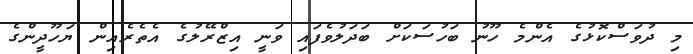
މި ދުވަސްކޮޅުގެ އެންމެ ހޫނު ބަހުސަކަށް ބަދަލުވެފައި ވަނީ އިޒްރޭލުގެ އެތެރެއިން ޔަހޫދީންގެ